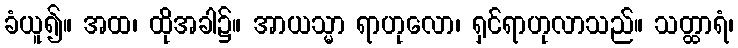
ခံယူ၍။ အထ၊ ထိုအခါ၌။ အာယသ္မာ ရာဟုလော၊ ရှင်ရာဟုလာသည်။ သတ္ထာရံ၊